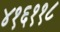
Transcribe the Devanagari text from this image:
४१६११८